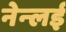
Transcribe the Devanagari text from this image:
नेन्लई